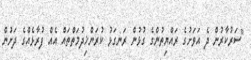
"ސަރުކާރުން ދެ އަވަށުގެ ރައްޔިތުންގެ ގުޅުން ރަނގަޅު ކުރަންޚިދުމަތްތައް އެއް ފުރާޅެއްގެ ދަށުން